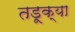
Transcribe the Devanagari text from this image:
तडूक्या